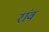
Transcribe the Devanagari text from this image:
रांव